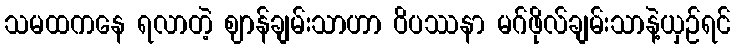
သမထကနေ ရလာတဲ့ ဈာန်ချမ်းသာဟာ ဝိပဿနာ မဂ်ဖိုလ်ချမ်းသာနဲ့ယှဉ်ရင်